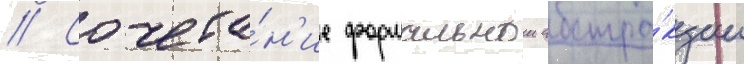
// Сочета́н'ие формальнои абстра́кции